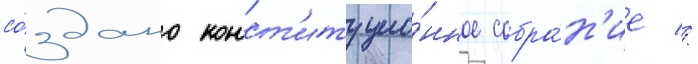
со́здано конст'итуцио́нное собра́н'ие //